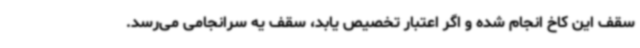
سقف این کاخ انجام شده و اگر اعتبار تخصیص یابد، سقف یه سرانجامی می‌رسد.